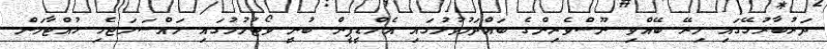
ދަރުބާރުގޭގައި މިރޭ ބޭއްވި ނޫސްވެރިންގެ ބައްދަލުވުމުގައި އެމްޑީޕީން ބުނީ ވޯޓުލުމުގައި މައްސަލަޖެހި ހުއްޓާލަން